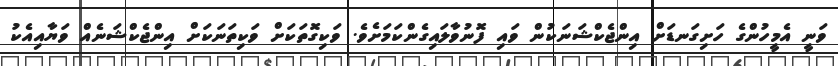
ވަނީ އެމީހުންގެ ހަށިގަނޑަށް އިންޖެކްޝަނަކުން ވައި ފޮނުވާލައިގެންކަމަށެވެ. ވަކިގޮތަކަށް ވަކިތަނަކަށް އިންޖެކްޝަނެއް ވަޔާއިއެކު